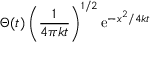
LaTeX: \Theta ( t ) \left( { \frac { 1 } { 4 \pi k t } } \right) ^ { 1 / 2 } \mathrm { e } ^ { - x ^ { 2 } / 4 k t }